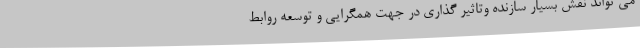
می تواند نقش بسیار سازنده وتاثیر گذاری در جهت همگرایی و توسعه روابط